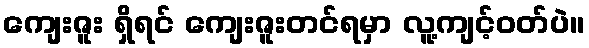
ကျေးဇူး ရှိရင် ကျေးဇူးတင်ရမှာ လူ့ကျင့်ဝတ်ပဲ။